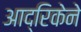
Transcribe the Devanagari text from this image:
आद्रिकेने